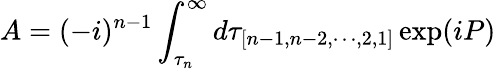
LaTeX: A=(-i)^{n-1}\int_{\tau_{n}}^{\infty}d\tau_{[n-1,n-2,\cdots,2,1]}\exp(iP)\,